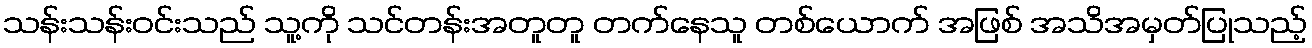
သန်းသန်းဝင်းသည် သူ့ကို သင်တန်းအတူတူ တက်နေသူ တစ်ယောက် အဖြစ် အသိအမှတ်ပြုသည့်